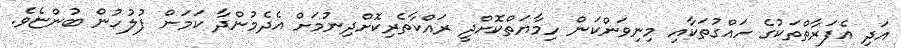
އަދި އެފަރާތްތަކުގެ ހައްގުތަކާއި މިނިވަންކަން ހިމާޔަތްކޮށްދީ ރައްކާތެރިކޮށްދިނުމަށް އެދެމުންދާ ކަމަށް ފުލުހުން ބުންޏެވެ.